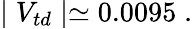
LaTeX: \mid V_{td}\mid\simeq 0.0095\; .